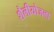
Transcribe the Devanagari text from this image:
शैलीयोजना